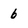
Character: b